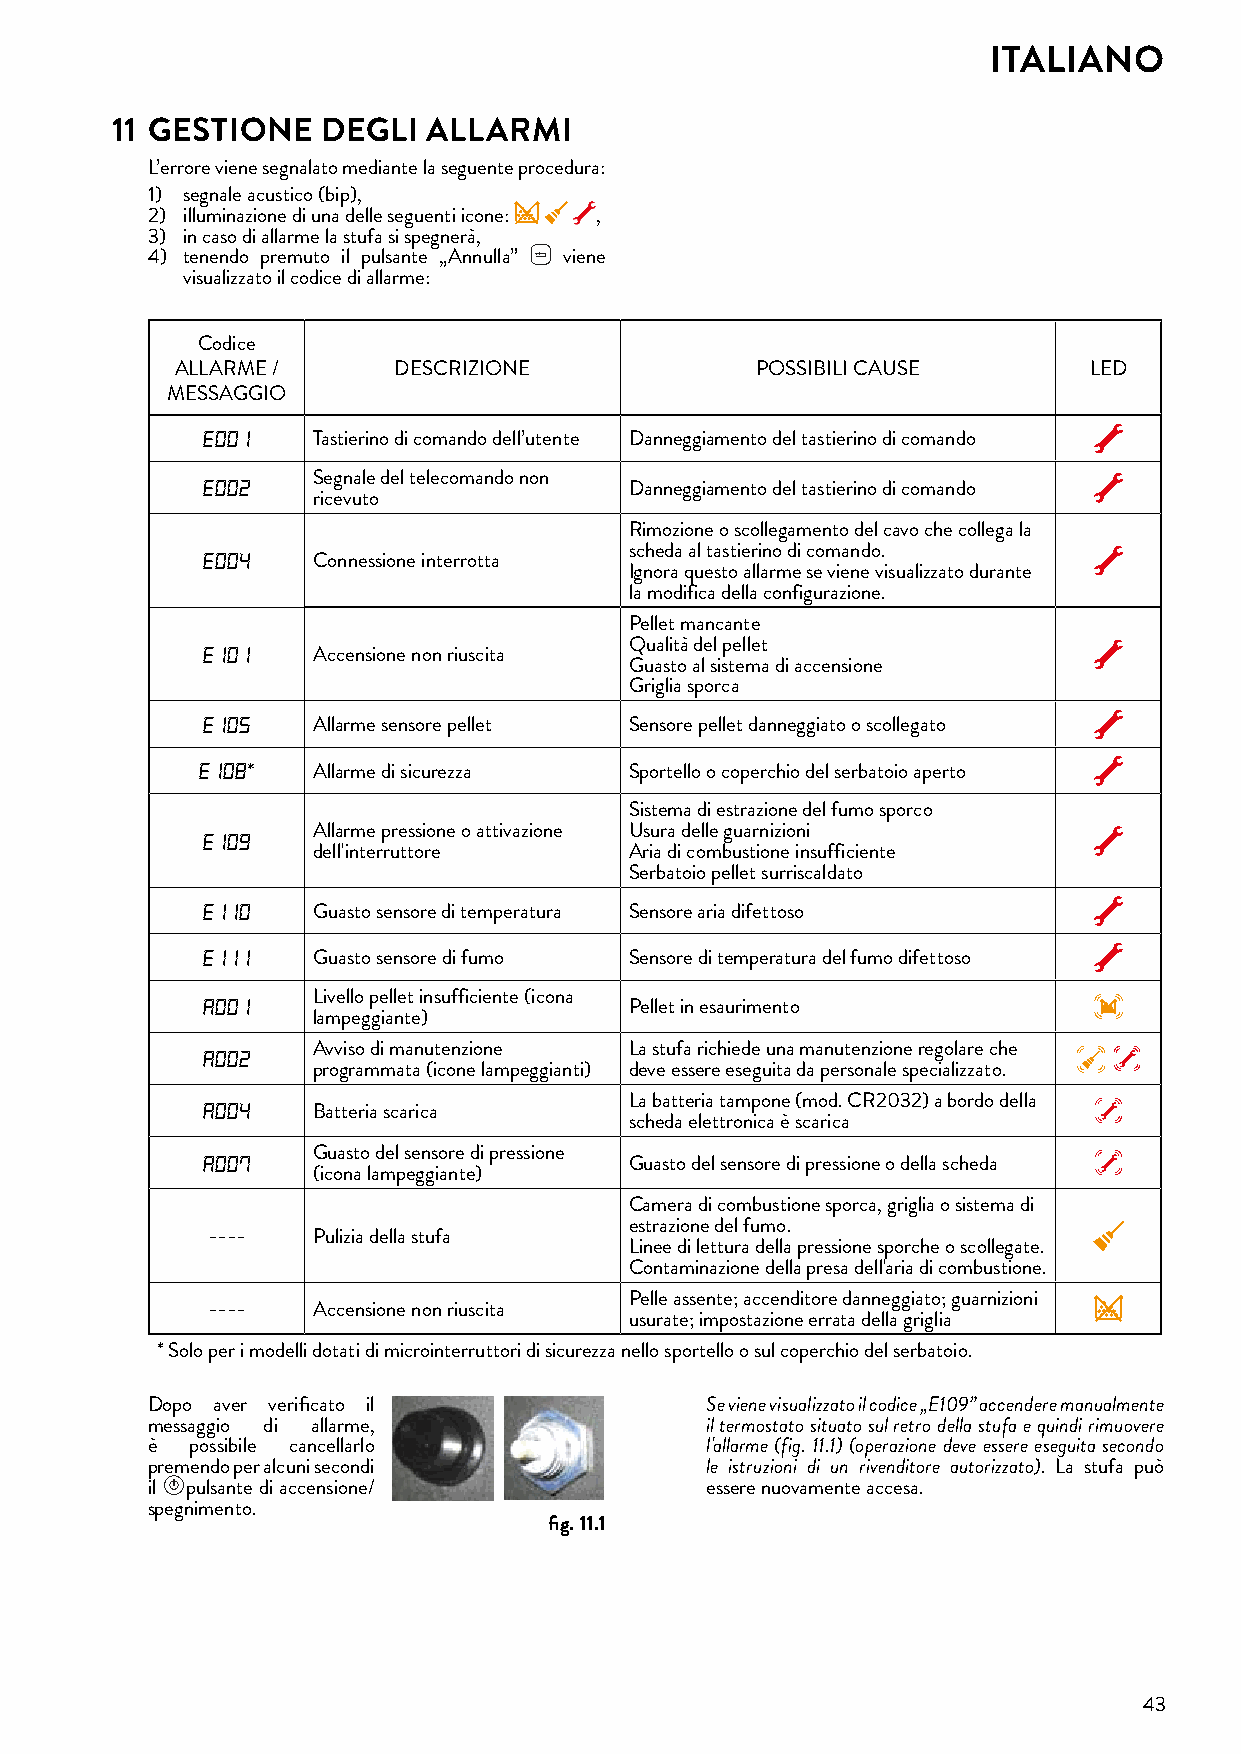
ITALIANO
 11 GESTIONE   DEGLI  ALLARMI
 L’errore viene segnalato mediante la seguente procedura:
 1) segnale acustico (bip),
 2) illuminazione di una delle seguenti icone: ,
 3) in caso di allarme la stufa si spegnerà,
 4) tenendo premuto il pulsante „Annulla” viene
 visualizzato il codice di allarme:
 Codice
 ALLARME /     DESCRIZIONE             POSSIBILI CAUSE       LED
 MESSAGGIO
 E001
 Tastierino di comando dell’utente Danneggiamento del tastierino di comando
 E002    Segnale del telecomando non
 Danneggiamento del tastierino di comando
 ricevuto
 Rimozione o scollegamento del cavo che collega la
 E004                         scheda al tastierino di comando.
 Connessione interrotta
 Ignora questo allarme se viene visualizzato durante
 la modifica della configurazione.
 Pellet mancante
 E101                         Qualità del pellet
 Accensione non riuscita
 Guasto al sistema di accensione
 Griglia sporca
 E105
 Allarme sensore pellet Sensore pellet danneggiato o scollegato
 E108
 *    Allarme di sicurezza Sportello o coperchio del serbatoio aperto
 Sistema di estrazione del fumo sporco
 E109    Allarme pressione o attivazione Usura delle guarnizioni
 dell'interruttore    Aria di combustione insufficiente
 Serbatoio pellet surriscaldato
 E110
 Guasto sensore di temperatura Sensore aria difettoso
 E111
 Guasto sensore di fumo Sensore di temperatura del fumo difettoso
 A001    Livello pellet insufficiente (icona
 Pellet in esaurimento
 lampeggiante)
 A002    Avviso di manutenzione La stufa richiede una manutenzione regolare che
 programmata (icone lampeggianti) deve essere eseguita da personale specializzato.
 A004                         La batteria tampone (mod. CR2032) a bordo della
 Batteria scarica
 scheda elettronica è scarica
 A007    Guasto del sensore di pressione
 Guasto del sensore di pressione o della scheda
 (icona lampeggiante)
 Camera di combustione sporca, griglia o sistema di
 estrazione del fumo.
 ----   Pulizia della stufa
 Linee di lettura della pressione sporche o scollegate.
 Contaminazione della presa dell'aria di combustione.
 Pelle assente; accenditore danneggiato; guarnizioni
 ----   Accensione non riuscita
 usurate; impostazione errata della griglia
 * Solo per i modelli dotati di microinterruttori di sicurezza nello sportello o sul coperchio del serbatoio.
 Dopo aver verificato il              Se viene visualizzato il codice „E109” accendere manualmente
 messaggio di allarme,                il termostato situato sul retro della stufa e quindi rimuovere
 è  possibile cancellarlo             l'allarme (fig. 11.1) (operazione deve essere eseguita secondo
 premendo per alcuni secondi          le istruzioni di un rivenditore autorizzato). La stufa può
 il pulsante di accensione/           essere nuovamente accesa.
 spegnimento.
 fig� 11�1
 43